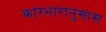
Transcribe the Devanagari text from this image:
कारभारानुसास